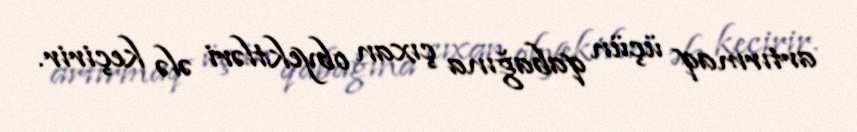
artırmaq üçün qabağına çıxan obyektləri ələ keçirir.